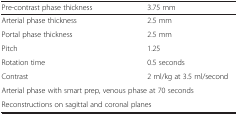
<table><thead><tr><td><b>Pre-contrast phase thickness</b></td><td><b>3.75 mm</b></td></tr></thead><tbody><tr><td>Arterial phase thickness</td><td>2.5 mm</td></tr><tr><td>Portal phase thickness</td><td>2.5 mm</td></tr><tr><td>Pitch</td><td>1.25</td></tr><tr><td>Rotation time</td><td>0.5 seconds</td></tr><tr><td>Contrast</td><td>2 ml/kg at 3.5 ml/second</td></tr><tr><td> </td><td colspan="2">Arterial phase with smart prep, venous phase at 70 seconds</td></tr><tr><td colspan="2">Reconstructions on sagittal and coronal planes</td><td> </td></tr></tbody></table>